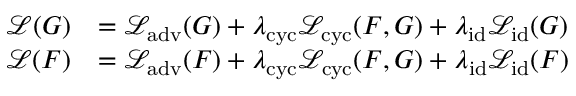
\begin{array} { r l } { \mathcal { L } ( G ) } & { = \mathcal { L } _ { \mathrm { a d v } } ( G ) + \lambda _ { \mathrm { c y c } } \mathcal { L } _ { \mathrm { c y c } } ( F , G ) + \lambda _ { \mathrm { i d } } \mathcal { L } _ { \mathrm { i d } } ( G ) } \\ { \mathcal { L } ( F ) } & { = \mathcal { L } _ { \mathrm { a d v } } ( F ) + \lambda _ { \mathrm { c y c } } \mathcal { L } _ { \mathrm { c y c } } ( F , G ) + \lambda _ { \mathrm { i d } } \mathcal { L } _ { \mathrm { i d } } ( F ) } \end{array}